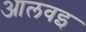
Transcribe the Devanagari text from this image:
आलवइ